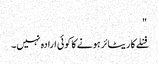
"
فنلے کا ریٹائر ہونے کا کوئی ارادہ نہیں۔